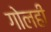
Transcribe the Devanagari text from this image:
गोलही